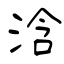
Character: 浛